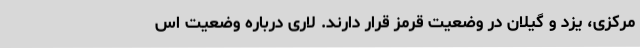
مرکزی، یزد و گیلان در وضعیت قرمز قرار دارند. لاری درباره وضعیت اس